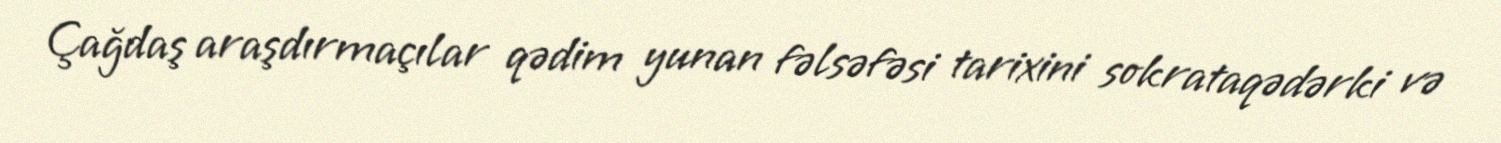
Çağdaş araşdırmaçılar qədim yunan fəlsəfəsi tarixini sokrataqədərki və